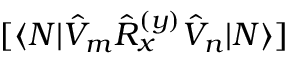
[ \langle N | \hat { V } _ { m } \hat { R } _ { x } ^ { ( y ) } \hat { V } _ { n } | N \rangle ]